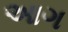
આગ